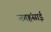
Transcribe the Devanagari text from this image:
जगहंसाई